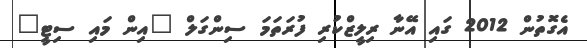
އެގޮތުން 2012 ގައި އޭނާ ރިލީޒްކުރި ފުރަތަމަ ސިންގަލް "އިން މައި ސިޓީ"